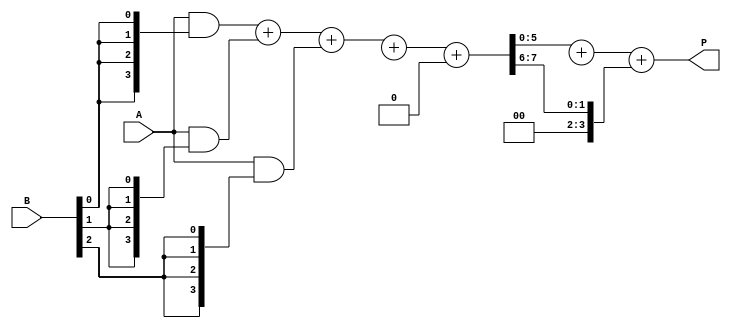
module wallace_tree_multiplier #(parameter N = 4) (
    input [N-1:0] A,
    input [N-1:0] B,
    output reg [2*N-1:0] P
);

    // Partial product generation
    wire [N-1:0] pp [0:N-1]; // Partial products
    genvar i, j;
    generate
        for (i = 0; i < N; i = i + 1) begin : gen_partial_products
            assign pp[i] = A & {N{B[i]}};
        end
    endgenerate

    // Wallace tree reduction
    wire [N+1:0] sum [0:N-1]; // Sums at each level
    wire [N-1:0] carry [0:N-1]; // Carries at each level

    // First stage reduction
    generate
        for (i = 0; i < N; i = i + 1) begin : first_stage
            if (i % 3 == 0) begin
                assign {carry[i], sum[i]} = pp[i] + pp[i+1] + pp[i+2];
            end
        end
    endgenerate

    // Second stage reduction
    wire [N+1:0] sum_next [0:N/3]; // Sums for the next stage
    wire [N-1:0] carry_next [0:N/3]; // Carries for the next stage

    generate
        for (i = 0; i < N/3; i = i + 1) begin : second_stage
            assign {carry_next[i], sum_next[i]} = sum[i*3] + sum[i*3+1] + carry[i*3];
        end
    endgenerate

    // Final addition
    wire [2*N-1:0] final_sum;
    wire [2*N-1:0] final_carry;

    assign final_sum = sum_next[0] + sum_next[1] + carry_next[0];

    // Output the final product
    always @(*) begin
        P = final_sum; // Final product output
    end

endmodule